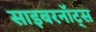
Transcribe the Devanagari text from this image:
साइबरनॉट्स